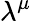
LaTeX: \lambda^{\mu}